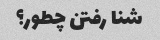
شنا رفتن چطور؟